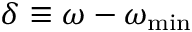
\delta \equiv \omega - \omega _ { \mathrm { { m i n } } }